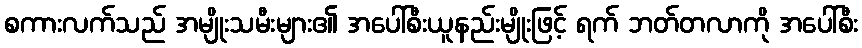
စကားလက်သည် အမျိုးသမီးများ၏ အပေါ်စီးယူနည်းမျိုးဖြင့် ရက် ဘတ်တလာကို အပေါ်စီး